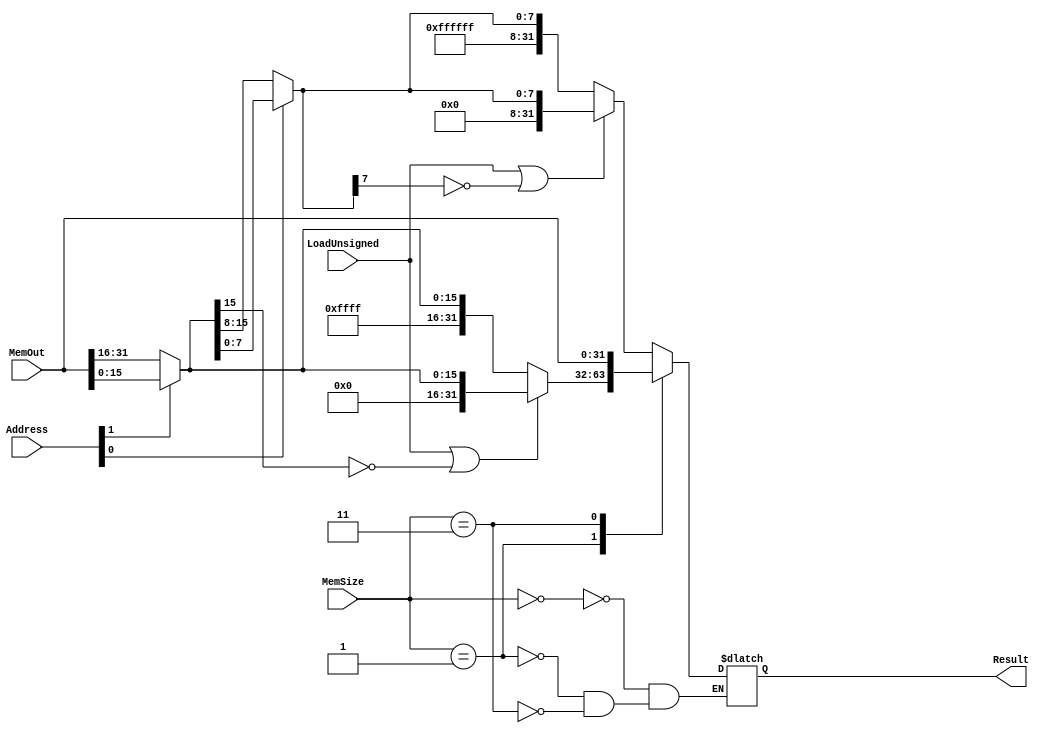
module MemoryUnMap (input  [31:0] MemOut,
                    input  [1:0]  MemSize,
                    input         LoadUnsigned,
                    input  [31:0] Address, // This is the address, remember!
                    output reg [31:0] Result);

  reg [15:0] Half;
  reg [7:0] Single;

  always @(*) begin
    Half = ~Address[1] ? MemOut[31:16] : MemOut[15:0];
    Single = ~Address[0] ? Half[15:8] : Half[7:0];
     
    case (MemSize)
      2'b00: Result = (LoadUnsigned | ~Single[7]) ? { 24'b0, Single } : { 24'hFFFFFF, Single };
      2'b01: Result = (LoadUnsigned | ~Half[15]) ? { 16'b0, Half } : { 16'hFFFF, Half };
      2'b11: Result = MemOut;
    endcase

  end

endmodule